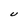
Character: U